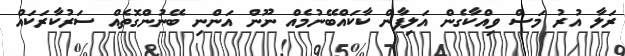
ރަލާ އުރު މަސް ވިއްކާގެން އަލިފާން ކާކައްބޭނުމެއް ނޫން އަންނި ބޭނުންގޮތެއް ސަރުކާރަކައް